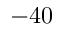
- 4 0